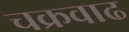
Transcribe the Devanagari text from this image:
चक्रवाढ